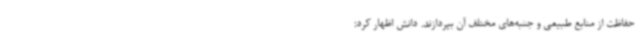
حفاظت از منابع طبیعی و جنبه‌های مختلف آن بپردازند. دانش اظهار کرد: